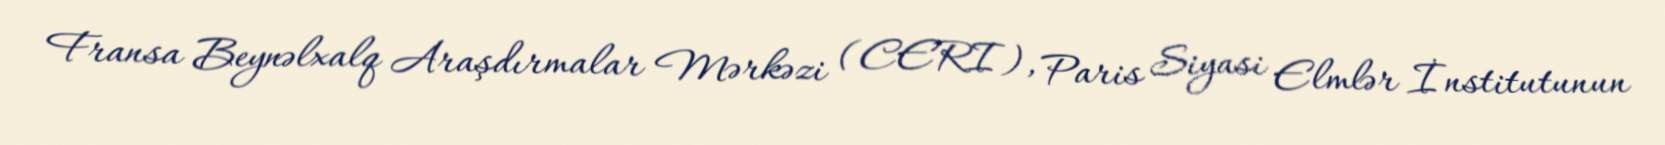
Fransa Beynəlxalq Araşdırmalar Mərkəzi (CERI), Paris Siyasi Elmlər İnstitutunun